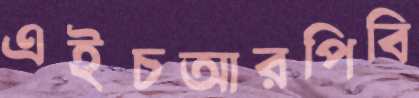
এইচআরপিবি